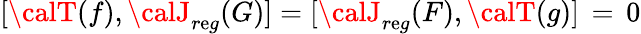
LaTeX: [{\calT}(f),{\calJ}_{r\mathrm{e}g}(G)]=[{\calJ}_{r\mathrm{e}g}(F),{\calT}(g)]\, =\, 0